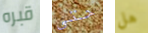
قبره حتى هل